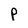
Character: p